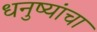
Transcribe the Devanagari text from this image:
धनुष्यांचा